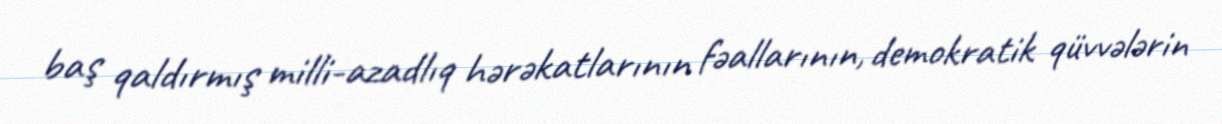
baş qaldırmış milli-azadlıq hərəkatlarının fəallarının, demokratik qüvvələrin